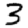
Digit: 3